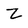
Character: Z